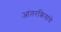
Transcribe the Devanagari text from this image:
आंतरक्रियांचे